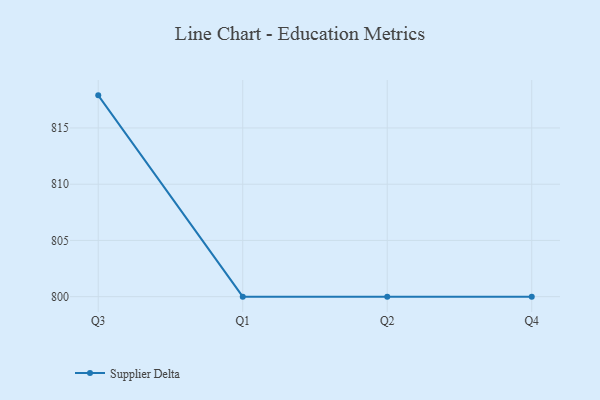
{"axis": {"x": "Quarter", "y": "Churn Rate (%)"}, "legend": ["Supplier Delta"], "data": [{"x": "Q3", "y": 817.9, "type": "Supplier Delta"}, {"x": "Q1", "y": 800, "type": "Supplier Delta"}, {"x": "Q2", "y": 800, "type": "Supplier Delta"}, {"x": "Q4", "y": 800, "type": "Supplier Delta"}]}